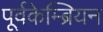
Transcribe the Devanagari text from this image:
पूर्वकेम्ब्रियन